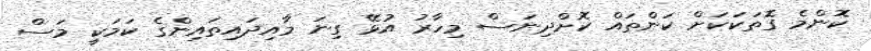
ކޮންމެ ގޮތަކަކަށް ކަންތައް ކޮށްދިނަސް މިހާރު އުޅޭ ގިނަ މާއިދައިތައިންގެ ކަމަކީ މަސް